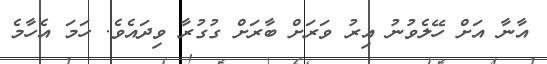
އާނާ އަށް ހޭލެވުނު އިރު ވަރަށް ބާރަށް ގުގުރާ ވިދައެވެ. ހަމަ އެހާމެ